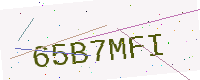
Text: 65B7MFI